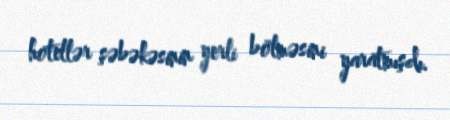
hotellər şəbəkəsinin yerli bölməsini yaratmışdı.